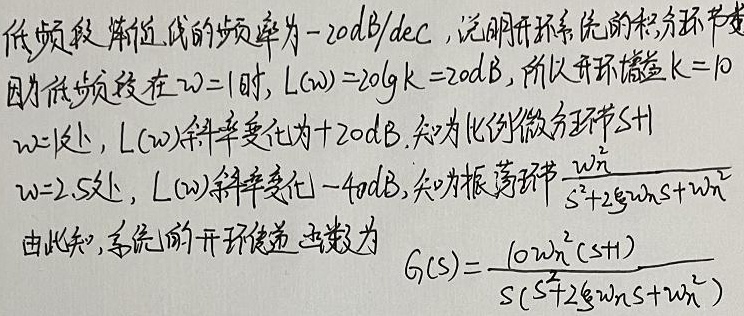
低频段渐近线的斜率为\(-20\text{dB}/\text{dec}\)，说明开环系统的积分环节数为\(1\)。因为低频段在\(\omega = 1\)时，\(L(\omega)=20\lg k = 20\text{dB}\)，所以开环增益\(k = 10\)。在\(\omega = 1\)处，\(L(\omega)\)斜率变化为\(+20\text{dB}\)，知为比例微分环节\(s + 1\)。在\(\omega = 2.5\)处，\(L(\omega)\)斜率变化\(-40\text{dB}\)，知为振荡环节\(\frac{\omega_{n}^{2}}{s^{2}+2\xi\omega_{n}s+\omega_{n}^{2}}\)。由此知，系统的开环传递函数为
\[G_{k}(s)=\frac{10\omega_{n}^{2}(s + 1)}{s(s^{2}+2\xi\omega_{n}s+\omega_{n}^{2})}\]